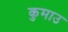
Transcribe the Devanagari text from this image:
कुमाउ